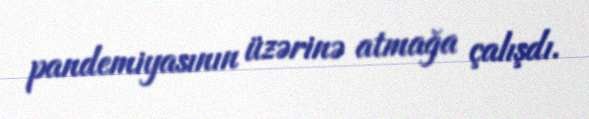
pandemiyasının üzərinə atmağa çalışdı.